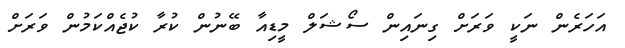
އަހަރެން ނަކީ ވަރަށް ގިނައިން ސޯޝަލް މީޑިއާ ބޭނުން ކުރާ ކުޖެއްކަމުން ވަރަށް